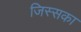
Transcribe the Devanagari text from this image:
जिस्सका